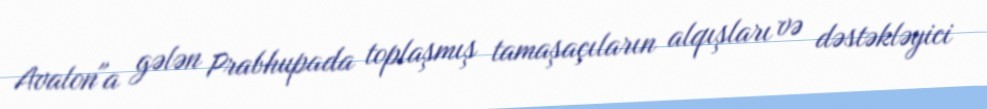
Avalon"a gələn Prabhupada toplaşmış tamaşaçıların alqışları və dəstəkləyici